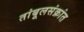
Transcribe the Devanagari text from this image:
तांबूलसंक्रांत